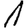
Digit: 1